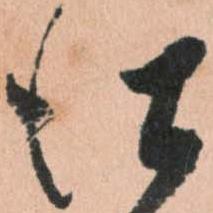
仕